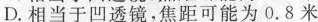
D.相当于凹透镜，焦距可能为0.8米